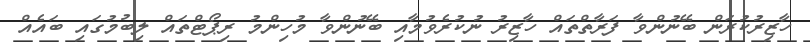
ހާޒިރުކުރަން ބޭނުންވާ ފަރާތްތައް ހާޒިރު ނުކުރެވުމާއި ބޭނުންވާ މުހިންމު ރިޕޯޓްތައް ލިބުމުގައި ބައެއް